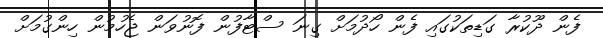
ފެން ދޫކުރާ ގަޑިތަކުގައި ފެން ހޯދުމަށް ގިނަ ސްޓާފުން ފޮނުވަން ޖެހުމުން ހިންގުމަށް